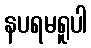
နပရမရူပါ